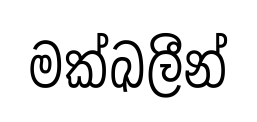
මක්ඛලීන්